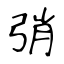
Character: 弰